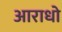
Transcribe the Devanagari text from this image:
आराधो